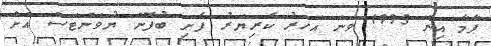
ޕާމާ އިން 1995 ވަނަ އަހަރު ކެރިޔަރު ފެށި ބުފޮން ޔުވަންޓަސް އަށް